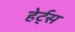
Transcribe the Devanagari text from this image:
हेर्ट्‌स